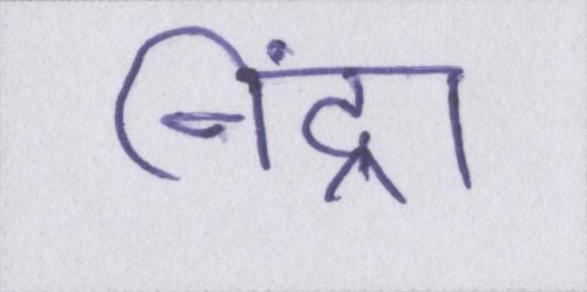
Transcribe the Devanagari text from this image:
निंद्रा